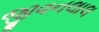
જીવનલાલ